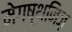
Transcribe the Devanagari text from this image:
मेगष्थनिज़